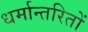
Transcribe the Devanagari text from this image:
धर्मान्तरितों